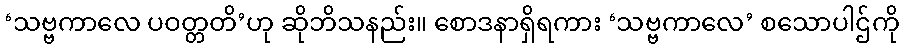
‘သဗ္ဗကာလေ ပဝတ္တတိ’ဟု ဆိုဘိသနည်း။ စောဒနာရှိရကား ‘သဗ္ဗကာလေ’ စသောပါဌ်ကို